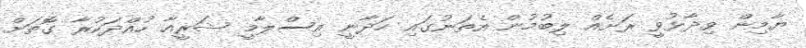
ޔާމިން ވިދާޅުވީ ރަށެއް ލިބުމުން އެތަނުގައި ހަދާނީ އިސްލާމީ ޝަރީއާ ހުއްދަކުރާ ގޮތަށް